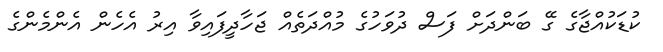
ކުޑަކުއްޖާގެ ގޭ ބަންދަށް ފަސް ދުވަހުގެ މުއްދަތެއް ޖަހާދީފައިވާ އިރު އެހެން އެންމެންގެ